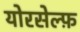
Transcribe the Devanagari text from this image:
योरसेल्फ़